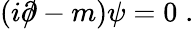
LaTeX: (i\partial\! \! \! /-m)\psi=0\; .